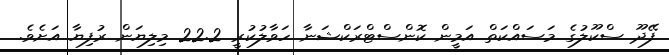
ފޭދޫ ސްކޫލުގެ މަސައްކަތް އަމީން ކޮންސްޓްރަކްޝަނާ ހަވާލުކުރީ 22.2 މިލިޔަން ރުފިޔާ އަށެވެ.